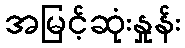
အမြင့်ဆုံးနှုန်း